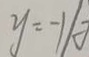
y = - 1 1 0